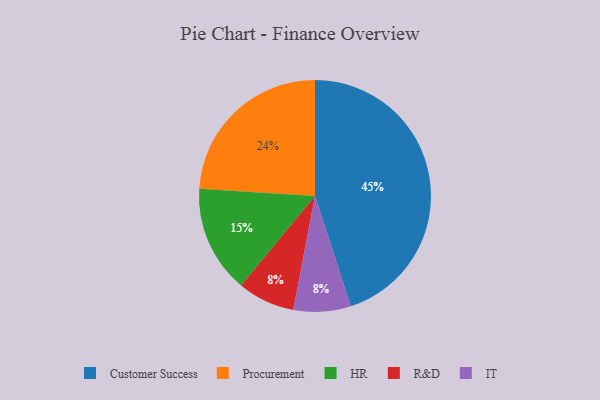
{"axis": {"x": "Category", "y": "Percentage"}, "legend": ["Customer Success", "HR", "IT", "Procurement", "R&D"], "data": [{"x": "Procurement", "y": 24, "type": "Procurement"}, {"x": "R&D", "y": 8, "type": "R&D"}, {"x": "IT", "y": 8, "type": "IT"}, {"x": "Customer Success", "y": 45, "type": "Customer Success"}, {"x": "HR", "y": 15, "type": "HR"}]}